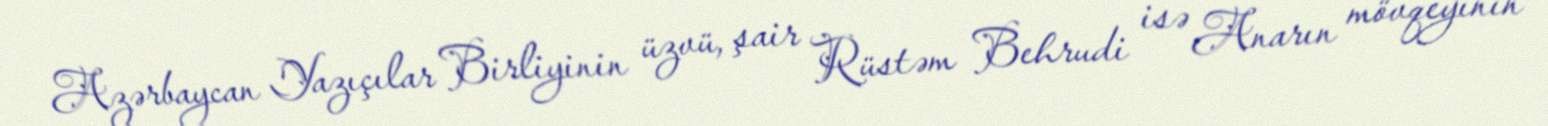
Azərbaycan Yazıçılar Birliyinin üzvü, şair Rüstəm Behrudi isə Anarın mövqeyinin